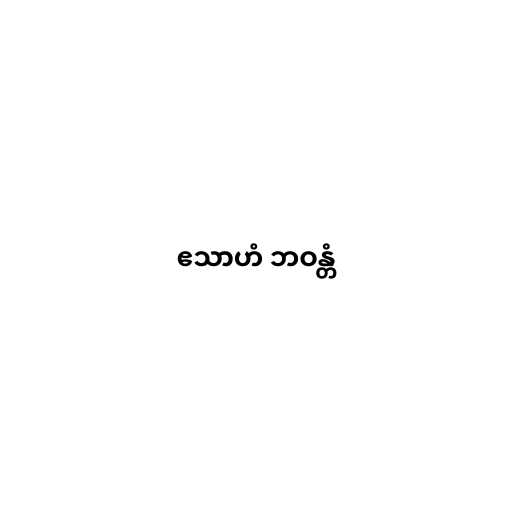
ဧသာဟံ ဘဝန္တံ